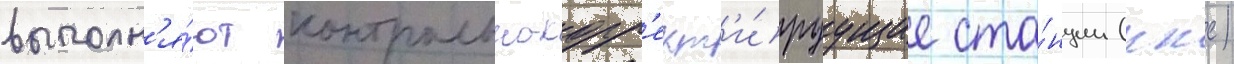
выполн'я́ют контрольно-корр'ект'и́руущие ста́нции (ккс)